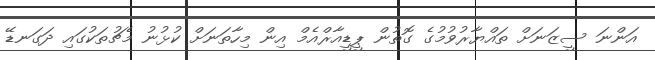
އަންނަ ސީޒަނަށް ތައްޔާރުވުމުގެ ގޮތުން ޕީޑީއާރްއެމް އިން މިހާތަނަށް ކުޅުނު މެޗުތަކުގައި ދަގަނޑޭ